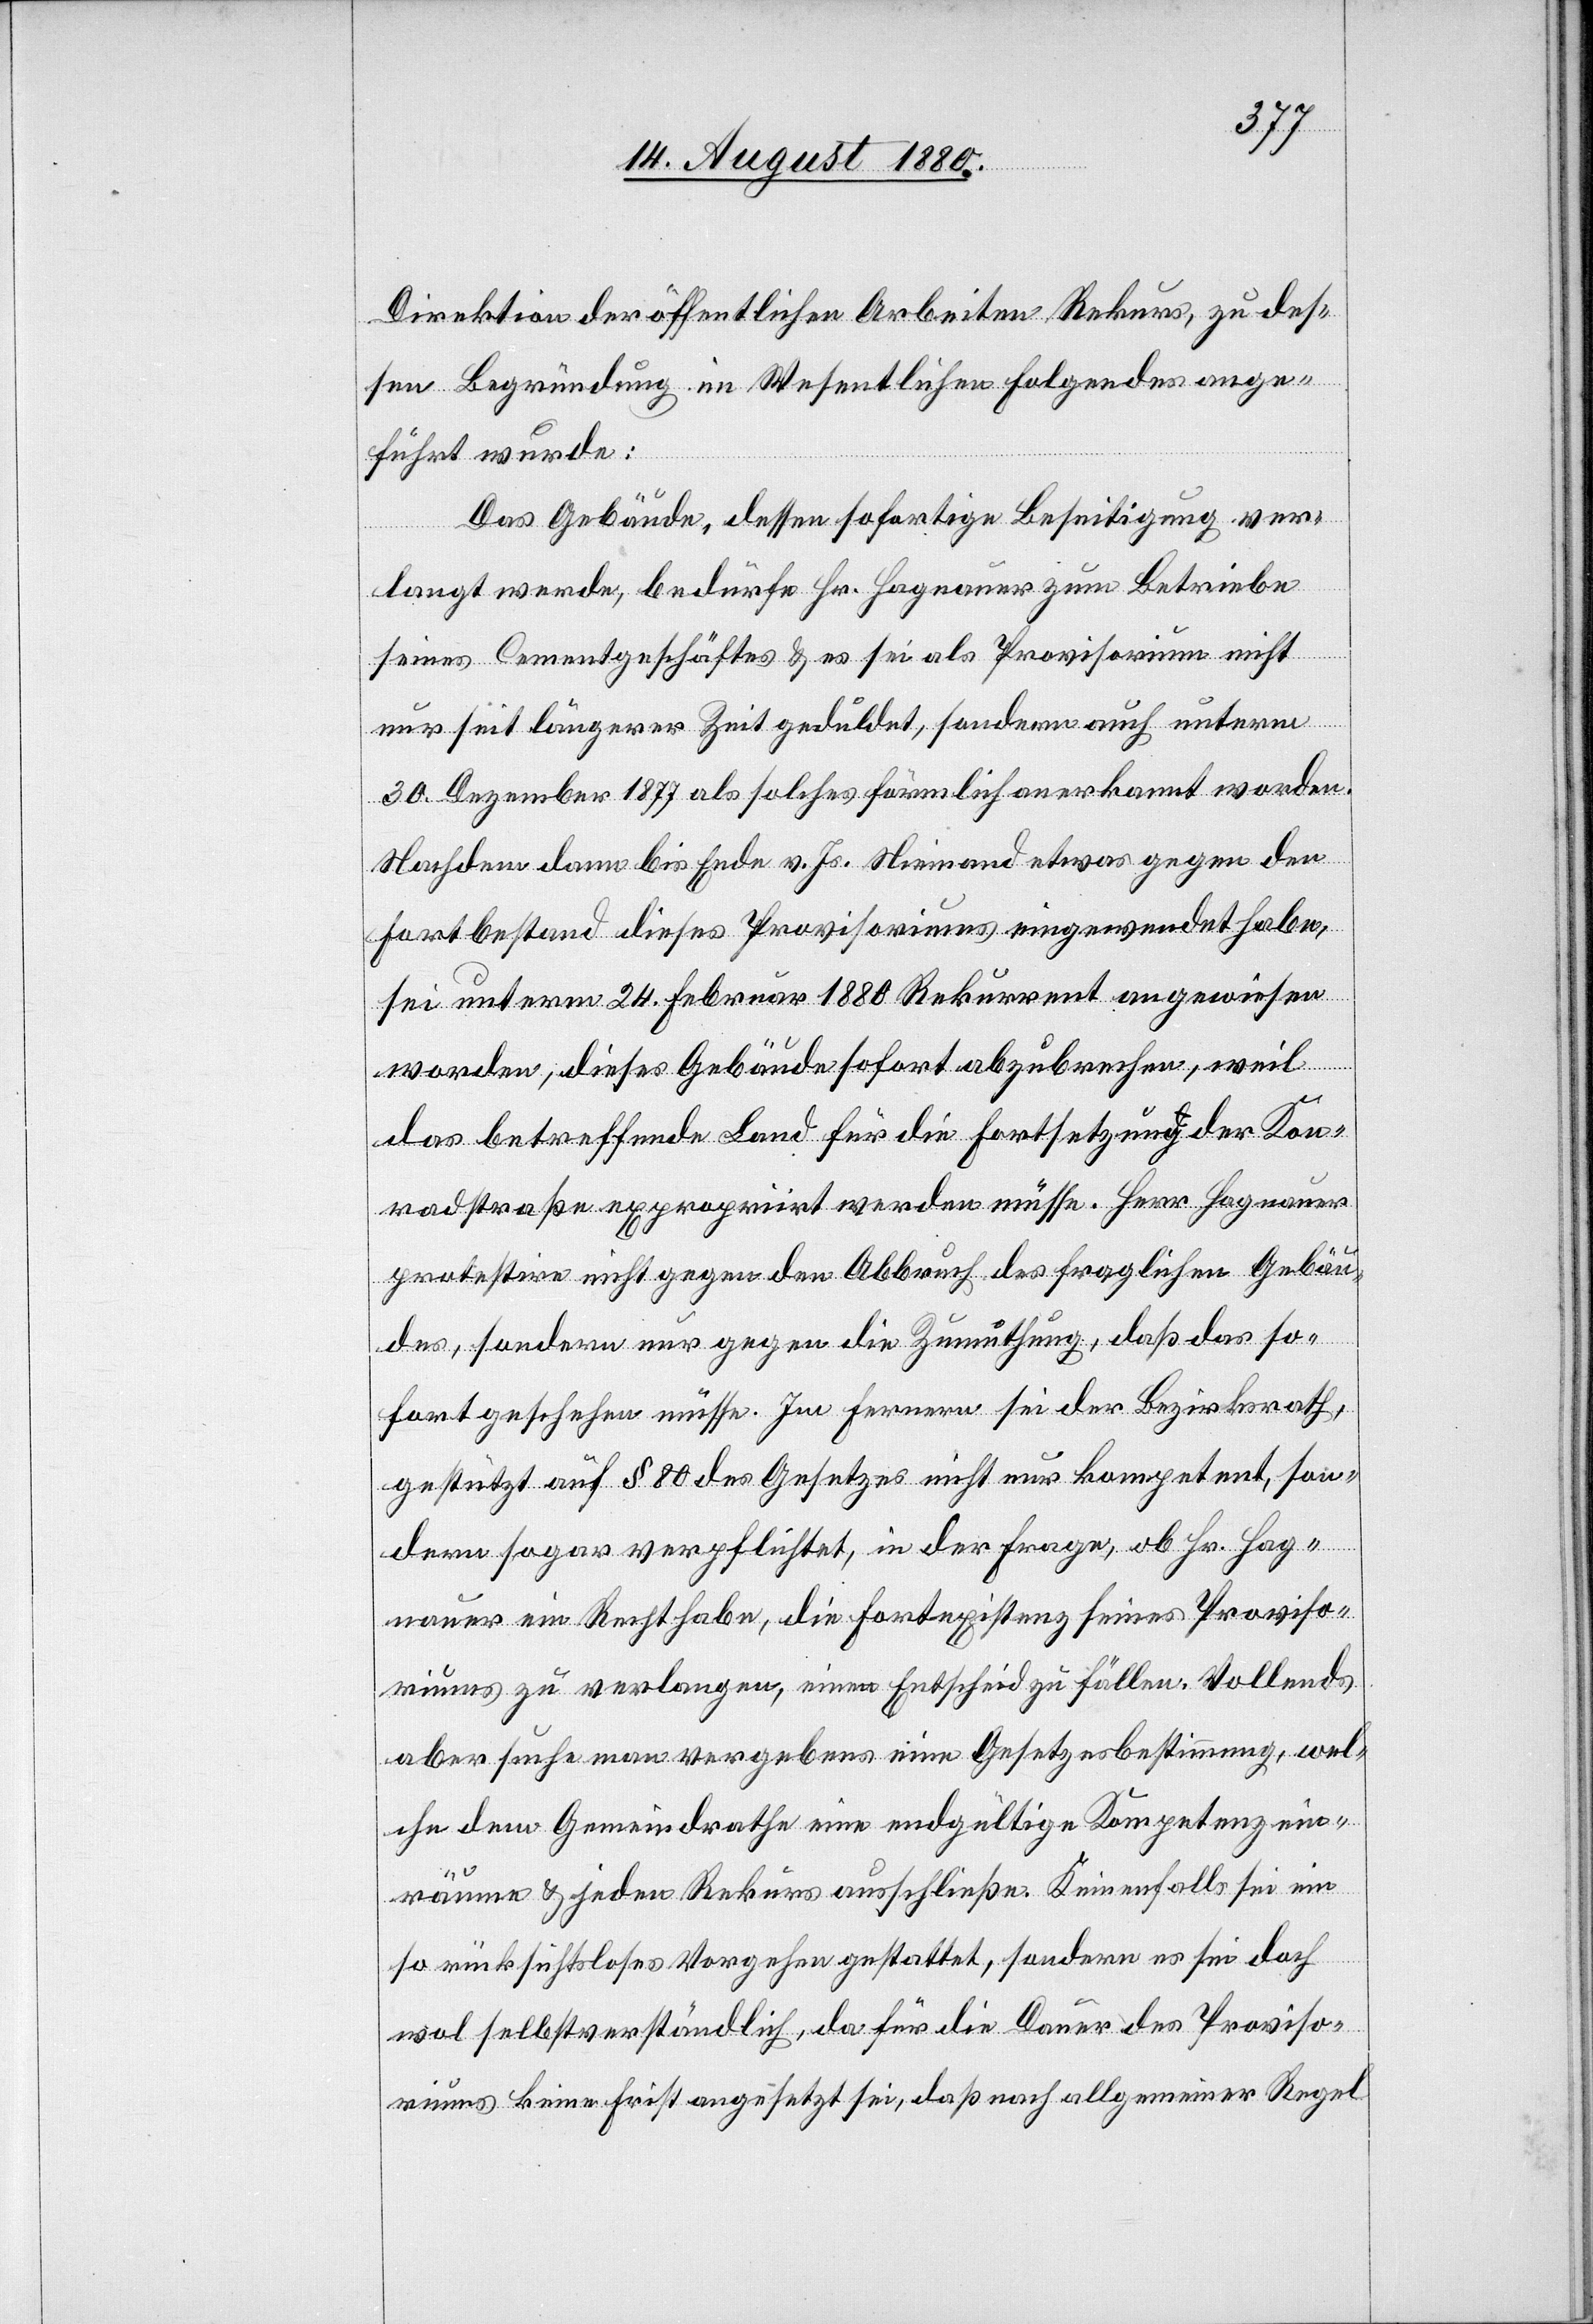
Direktion der öffentlichen Arbeiten Rekurs, zu des¬
sen Begründung im Wesentlichen Folgendes ange¬
führt wurde:
Das Gebäude, dessen sofortige Beseitigung ver¬
langt werde, bedürfe Hr. Hagnauer zum Betriebe
seines Cementgeschäftes & es sei als Provisorium nicht
nur seit längerer Zeit geduldet, sondern auch unterm
30. Dezember 1877 als solches förmlich anerkannt worden.
Nachdem dann bis Ende v. Js. Niemand etwas gegen den
Fortbestand dieses Provisoriums eingewendet habe,
sei unterm 24. Februar 1880 Rekurrent angewiesen
worden, dieses Gebäude sofort abzubrechen, weil
das betreffende Land für die Fortsetzung der Kon¬
radstraße expropriirt werden müsse. Her Hagnauer
protestire nicht gegen den Abbruch des fraglichen Gebäu¬
des, sondern nur gegen die Zumuthung, daß das so¬
fort geschehen müsse. Im Fernern sei der Bezirksrath,
gestützt auf § 80 des Gesetzes nicht nur kompetent, son¬
dern sogar verpflichtetet, in der Frage, ob Hr. Hag¬
nauer ein Recht habe, die Fortexistenz seines Proviso¬
riums zu verlangen, einen Entscheid zu fällen. Vollends
aber suche man vergebens eine Gesetzesbestimmung, wel¬
che dem Gemeindrath eine endgültige Kompetenz ein¬
räume & jeden Rekurs ausschließe. Keinenfalls sei ein
so rücksichtsloses Vorgehen gestattet, sondern es sei doch
wol selbstverständlich, da für die Dauer des Proviso¬
riums keine Frist angesetzt sei, daß nach allgemeiner Regel